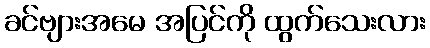
ခင်ဗျားအမေ အပြင်ကို ထွက်သေးလား